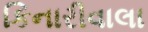
કિનારીવાલા